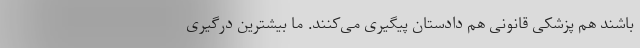
باشند هم پزشکی قانونی هم دادستان پیگیری می‌کنند. ما بیشترین درگیری